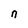
Character: n